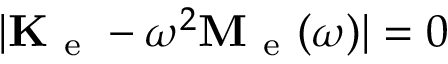
| \mathbf { K } _ { \mathrm { ~ e ~ } } - \omega ^ { 2 } \mathbf { M } _ { \mathrm { ~ e ~ } } ( \omega ) | = 0